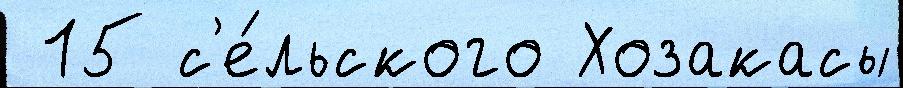
 15 с'е́льского Хозакасы